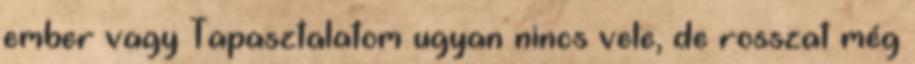
ember vagy Tapasztalatom ugyan nincs vele, de rosszat még